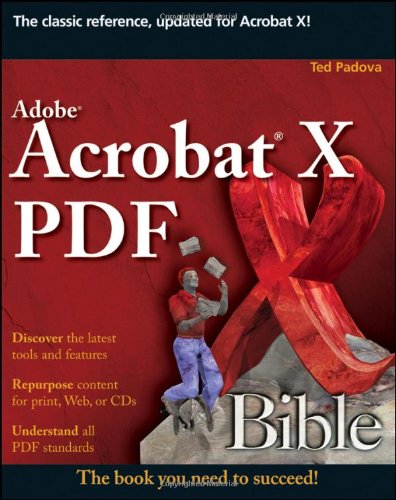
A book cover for Adobe Acrobat X PDF Bible; Ted Padova; Computers & Technology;